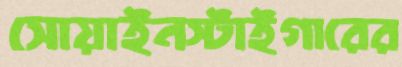
সোয়াইনস্টাইগারের